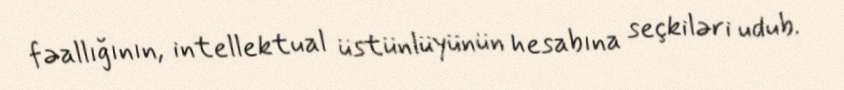
fəallığının, intellektual üstünlüyünün hesabına seçkiləri udub.